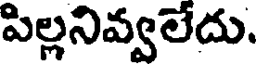
పిల్లనివ్వలేదు.